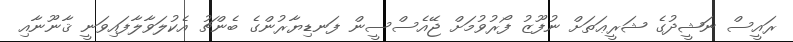
ރައީސް ނަޝީދުގެ ޝަރީޢަތަށް ނުފޫޒު ފޯރުވުމަށް ޖޭއެސްސީން ފަނޑިޔާރުންގެ ބެންޗު އެކުލަވާލާފައިވަނީ ޤާނޫނާއި